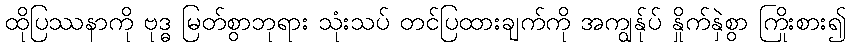
ထိုပြဿနာကို ဗုဒ္ဓ မြတ်စွာဘုရား သုံးသပ် တင်ပြထားချက်ကို အကျွန်ုပ် နှိုက်နှဲစွာ ကြိုးစား၍